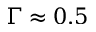
\Gamma \approx 0 . 5